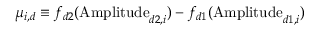
\mu _ { i , d } \equiv f _ { d 2 } ( \mathrm { A m p l i t u d e } _ { d 2 , i } ) - f _ { d 1 } ( \mathrm { A m p l i t u d e } _ { d 1 , i } )